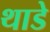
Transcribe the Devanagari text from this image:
थाडे